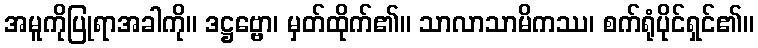
အမူကိုပြုရာအခါကို။ ဒဋ္ဌဗ္ဗော၊ မှတ်ထိုက်၏။ သာလာသာမိကဿ၊ စက်ရုံပိုင်ရှင်၏။